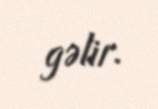
gəlir.